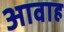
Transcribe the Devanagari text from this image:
आवाह